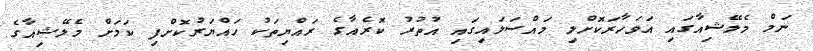
ނަމް މެލޭޝިއާގައި އަވަހާރަކޮށްލި މައްސަލައިގައި އުތުރު ކޮރެއާގެ ރައްޔިތަކު ހައްޔަރުކޮށްފި ކަމަށް މެލޭޝިއާގެ